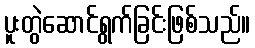
ပူးတွဲဆောင်ရွက်ခြင်းဖြစ်သည်။